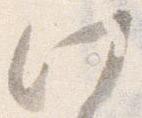
此